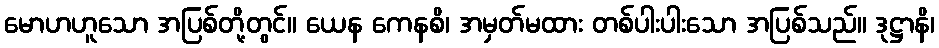
မောဟဟူသော အပြစ်တို့တွင်။ ယေန ကေနစိ၊ အမှတ်မထား တစ်ပါးပါးသော အပြစ်သည်။ ဒုဋ္ဌာနိ၊